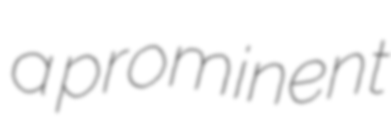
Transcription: a prominent